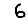
Digit: 6